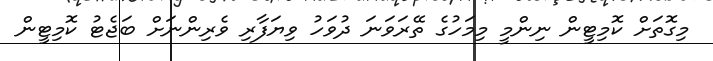
މިގޮތަށް ކޮމިޓީން ނިންމީ މިމަހުގެ ތޭރަވަނަ ދުވަހު ވިޔަފާރި ވެރިންނަށް ބަޖެޓު ކޮމިޓީން